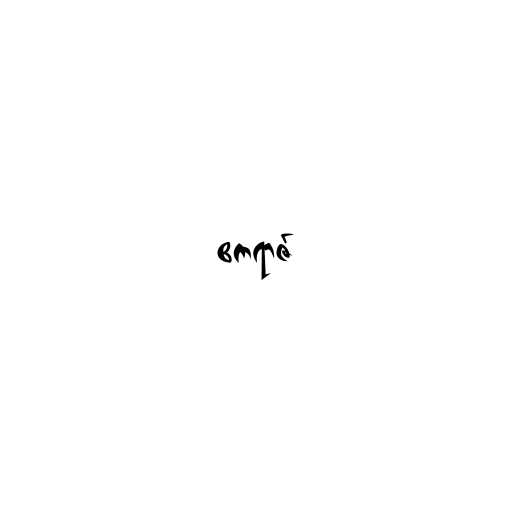
ဧကရာဇ်